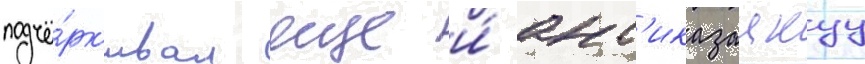
подчё́рк'ивал еще и́ ант'иказацкуу